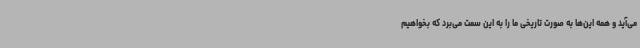
می‌آید و همه این‌ها به صورت تاریخی ما را به این سمت می‌برد که بخواهیم